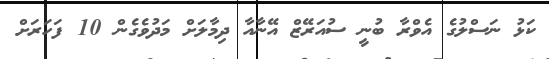
ކަޅު ނަސްލުގެ އެވްރާ ބުނީ ސުއަރޭޒް އޭނާއާ ދިމާލަށް މަދުވެގެން 10 ފަހަރަށް